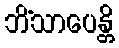
ဘိံသာပေန္တိ